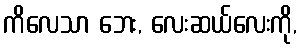
ကိလေသာ ဘေး, လေးဆယ်လေးကို,